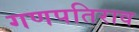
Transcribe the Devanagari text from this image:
गणपतिराव